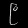
Digit: ၉